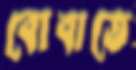
বোবাতে